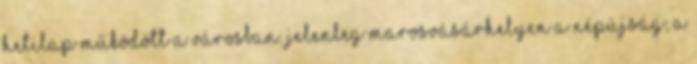
hetilap működött a városban. Jelenleg Marosvásárhelyen a Népújság, a